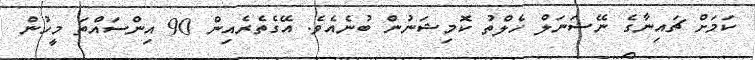
ކަމަށް ޗައިނާގެ ނޭޝަނަލް ހެލްތު ކޮމިޝަނުން ބުނެއެވެ. އޭގެތެރެއިން 90 އިންސައްތަ މީހުން